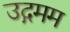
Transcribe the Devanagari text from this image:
उद्गमम